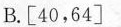
B.[40，64]